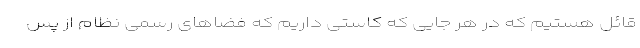
قائل هستیم که در هر جایی که کاستی داریم که فضاهای رسمی نظام از پس